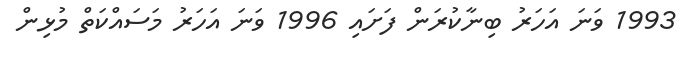
1993 ވަނަ އަހަރު ބިނާކުރަން ފަށައި 1996 ވަނަ އަހަރު މަސައްކަތް މުޅިން